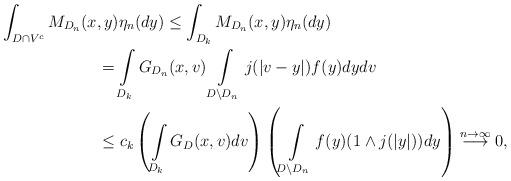
LaTeX: \begin{align*}&\int_{D\cap V^c}M_{D_n}(x,y)\eta_n(dy)\le \int_{D_k}M_{D_n}(x,y)\eta_n(dy)\\&\qquad\qquad\qquad=\int\limits_{D_k}G_{D_n}(x,v)\int\limits_{D\setminus D_n}j(|v-y|)f(y)dydv\\&\qquad\qquad\qquad\le c_k\left(\int\limits_{D_k}G_D(x,v)dv\right)\left(\int\limits_{D\setminus D_n}f(y)(1\wedge j(|y|))dy\right)\overset{n\to\infty}{\longrightarrow} 0,\end{align*}